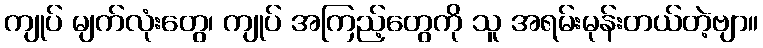
ကျုပ် မျက်လုံးတွေ၊ ကျုပ် အကြည့်တွေကို သူ အရမ်းမုန်းတယ်တဲ့ဗျာ။